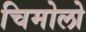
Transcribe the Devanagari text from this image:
चिमोलो